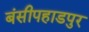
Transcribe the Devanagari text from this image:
बंसीपहाडपुर